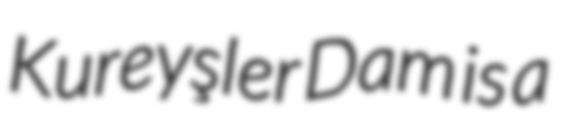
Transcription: Kureyşler Dam is a